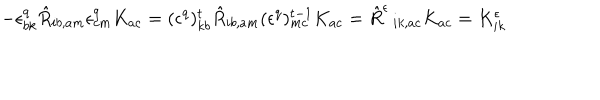
LaTeX: - \epsilon _ { b k } ^ { q } \hat { R } _ { i b , a m } \epsilon _ { c m } ^ { q } K _ { a c } = ( \epsilon ^ { q } ) _ { k b } ^ { t } \hat { R } _ { i b , a m } ( \epsilon ^ { q } ) _ { m c } ^ { t - 1 } K _ { a c } = \hat { R } ^ { \epsilon } \, _ { i k , a c } K _ { a c } = K _ { i k } ^ { \epsilon }